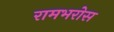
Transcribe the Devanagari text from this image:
रामभरोस